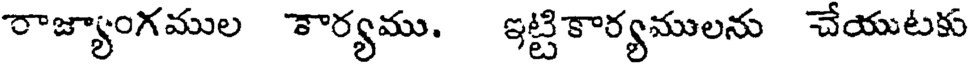
రాజ్యాంగముల కార్యము. ఇట్టికార్యములను చేయుటకు